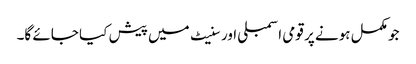
جو مکمل ہونے پر قومی اسمبلی اور سنیٹ میں پیش کیا جائے گا۔